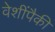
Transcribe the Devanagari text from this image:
वेशींपैकी